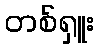
တစ်ရှူး